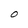
Character: O